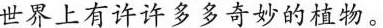
世界上有许许多多奇妙的植物。